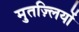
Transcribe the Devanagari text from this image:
मुतज़्लियों